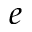
e